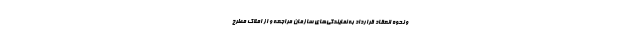
و نحوه انعقاد قرارداد به نمایندگی‌های سازمان مراجعه و از املاک مطرح